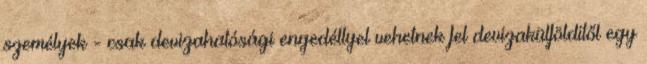
személyek - csak devizahatósági engedéllyel vehetnek fel devizakülfölditől egy